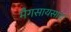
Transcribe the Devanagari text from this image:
मैगसायसाय